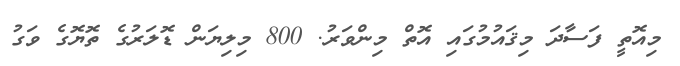
މިއޮތީ ފަސާދަ މިޤައުމުގައި އޮތް މިންވަރު. 800 މިލިޔަން ޑޮލަރުގެ ތޮޔޮގެ ވަގު